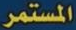
المستمر